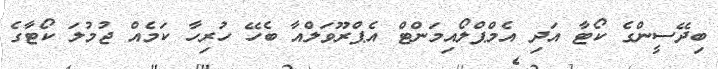
ބިދޭސީންގެ ކޯޓާ އަދި އެމްޕްލޯއިމަންޓް އެޕްރޫވަލްއާ ބެހޭ ހުރިހާ ކަމެއް ޖުމުލަ ކޯޓާގެ